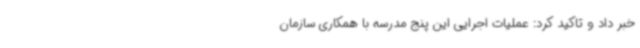
خبر داد و تاکید کرد: عملیات اجرایی این پنج مدرسه با همکاری سازمان